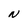
Character: N